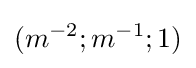
(m^{-2};m^{-1};1)